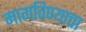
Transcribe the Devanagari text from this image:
मागविण्याचा